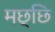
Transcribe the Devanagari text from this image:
मछ्छि